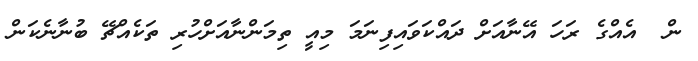
ން  އެއްގެ ރަހަ އޭނާއަށް ދައްކަވައިފިނަމަ މިއީ ތިމަންނާއަށްހުރި ތަކެއްޗޭ ބުނާނެކަން